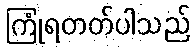
ကြုံရတတ်ပါသည်